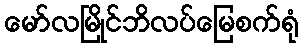
မော်လမြိုင်ဘိလပ်မြေစက်ရုံ